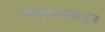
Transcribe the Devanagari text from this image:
गांवांगांवांतून